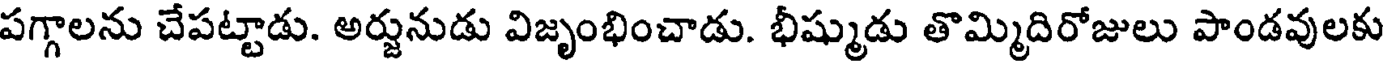
పగ్గాలను చేపట్టాడు. అర్జునుడు విజృంభించాడు. భీష్ముడు తొమ్మిదిరోజులు పాండవులకు